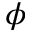
\phi